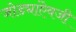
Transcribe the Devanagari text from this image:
जोड्यांऐवजी